Lunatic asylums Punjab 1895-1910 - 1895-1910
Year: 1895
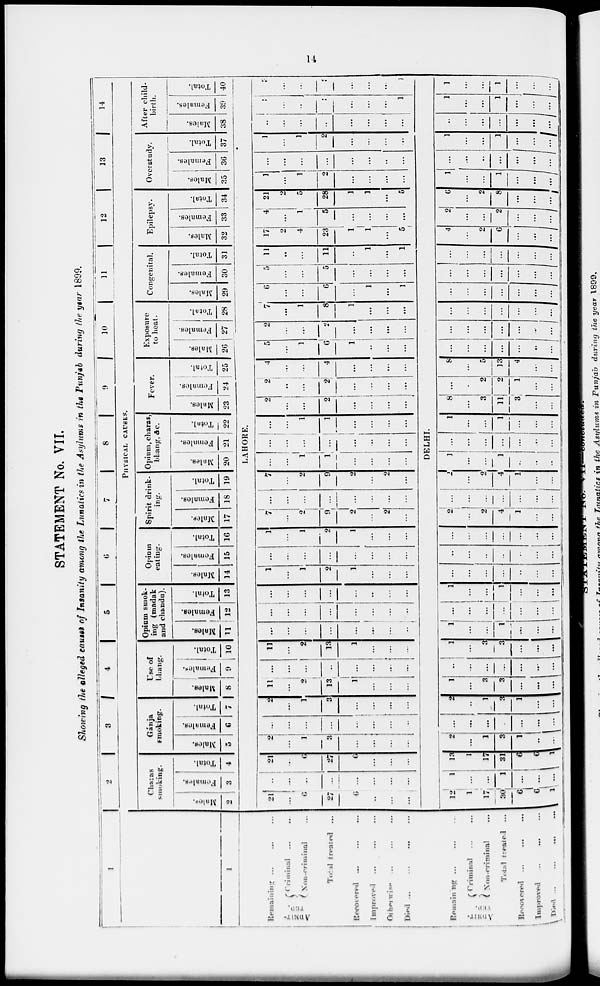
14
STATEMENT No. VII.
Showing the alleged causes of Insanity among the Lunatics in the Asylums in the Punjab during the year 1899.
1
1
1
Remaining
...
...
...
ADMIT-
---.
Criminal ... ...
Non-criminal ...
Total treated ...
Recovered
...
...
...
Improved
...
...
...
Other wise ... ... ...
Died
...
...
...
...
Remaining
...
...
...
ADMIT-
TED
Criminal .... ...
Non-criminal ...
Total treatel .. ... ... ...
Recovered
...
...
...
Improved ... ... ...
Died
...
...
...
...
2
3
4
5
6
7
8
9
10
11
12
13
14
PHYSICAL CAUSES.
Charas
smoking.
Males.
2
Females.
3
Total.
4
Gánja
smoking.
Males.
5
Females.
6
Total.
7
Use of
bhang.
Males.
8
Females.
9
Total.
10
Opium smok-
ing (madak
and chanda).
Mules.
11
Females.
12
Total.
13
Opium
eating.
Males.
14
Females.
15
Total.
16
Spirit drink-
ing.
Males.
17
Females.
18
Total.
19
Opium, charas
bhang, &c.
Males.
20
Females.
21
Total.
22
Fever.
Males.
23
Females.
24
Total.
25
Exposure
to heat.
Males.
26
Females.
27
Total.
28
Congenital.
Males.
29
Females.
30
Total.
31
Epilepsy.
Males.
32
Females.
33
Total.
34
Overstudy.
Males.
35
Females.
36
Total.
37
After child-
birth.
Males.
38
Females.
39
Total.
40
LAHORE.
21
...
6
27
6
...
...
...
...
...
...
...
...
...
...
...
21
...
6
27
6
...
...
...
2
...
1
3
...
...
...
...
...
...
...
...
...
...
...
...
2
...
1
3
...
...
...
11
...
2
13
1
...
...
...
...
...
...
...
...
...
...
11
...
2
13
1
...
...
...
...
...
...
...
...
...
...
...
...
...
...
...
...
...
...
...
...
...
...
...
...
...
...
1
...
1
2
1
...
...
...
...
...
...
...
...
...
...
1
...
1
2
1
...
...
...
7
...
2
9
2
...
2
...
...
...
...
...
...
...
...
...
7
...
2
9
2
...
2
...
...
...
1
1
...
...
...
...
...
...
...
...
...
...
...
...
...
...
1
1
...
...
...
...
2
...
...
2
...
...
...
2
..
...
_.
...
...
...
...
4
...
...
4
...
...
...
...
5
...
1
6
1
...
...
...
2
...
...
2
...
...
...
...
7
...
1
8
1
...
...
...
6
...
...
6
...
1
...
1
5
...
...
5
...
...
...
...
11
...
...
11
..
1
...
1
17
2
4
23
1
1
...
5
4
...
1
5
...
...
...
...
21
2
5
28
1
1
...
5
13
...
1
2
...
...
...
...
...
...
...
...
...
...
...
...
1
...
1
2
...
...
...
..
...
...
...
...
...
...
...
...
...
...
.
...
...
...
1
3
...
...
3
...
...
1
DELHI.
12
1
17
30
6
6
1
1
...
...
1
...
...
...
13
1
17
31
6
6
1
2
...
1
3
1
..
...
...
...
...
...
...
...
2
...
1
3
1
...
1
...
3
3
...
...
...
...
...
...
...
...
...
...
1
...
3
3
...
...
...
1
...
...
1
...
...
...
...
...
...
...
...
...
...
1
...
...
1
...
...
...
...
...
...
...
...
...
...
..
...
...
...
...
...
...
...
...
...
...
...
...
2
...
2
4
1
...
...
...
...
...
...
...
...
...
2
...
2
4
1
...
...
1
...
... 1
...
...
...
...
...
...
...
...
...
...
1
...
...
1
...
...
...
8
...
3
11
3
...
...
...
...
2
2
1
...
...
8
...
5
13
4
...
...
...
...
...
...
...
...
...
...
...
...
...
...
...
...
...
...
...
...
...
...
...
...
...
...
...
...
...
...
...
...
...
...
...
...
...
...
...
...
...
...
4
...
2
6
....
...
...
2
...
...
2
...
...
...
6
...
2
8
...
...
...
1
...
...
1
...
...
...
...
...
...
...
...
...
...
1
...
...
1
...
...
...
...
...
...
...
...
...
...
1
...
...
1
...
...
...
1
...
...
1
...
...
...